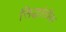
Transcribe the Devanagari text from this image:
सिद्धांतीक